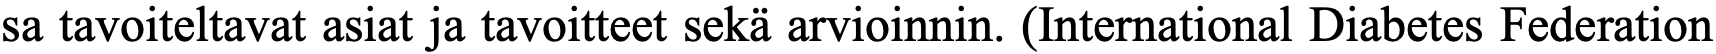
sa tavoiteltavat asiat ja tavoitteet sekä arvioinnin. (International Diabetes Federation